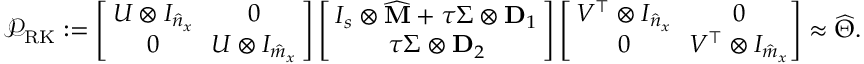
\mathcal { P } _ { \mathrm { R K } } : = \left[ \! \! \begin{array} { c c } { U \otimes I _ { \hat { n } _ { x } } } & { \! \! 0 } \\ { 0 } & { \! \! U \otimes I _ { \hat { m } _ { x } } } \end{array} \! \! \right] \left[ \! \! \begin{array} { c } { I _ { s } \otimes \widehat { \mathbf { M } } + \tau \Sigma \otimes \mathbf { D } _ { 1 } } \\ { \tau \Sigma \otimes \mathbf { D } _ { 2 } } \end{array} \! \! \right] \left[ \! \! \begin{array} { c c } { V ^ { \top } \otimes I _ { \hat { n } _ { x } } } & { \! \! 0 } \\ { 0 } & { \! \! V ^ { \top } \otimes I _ { \hat { m } _ { x } } } \end{array} \! \! \! \right] \approx \widehat { \Theta } .